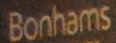
Bonhams